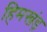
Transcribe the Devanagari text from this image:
हिमखंड़